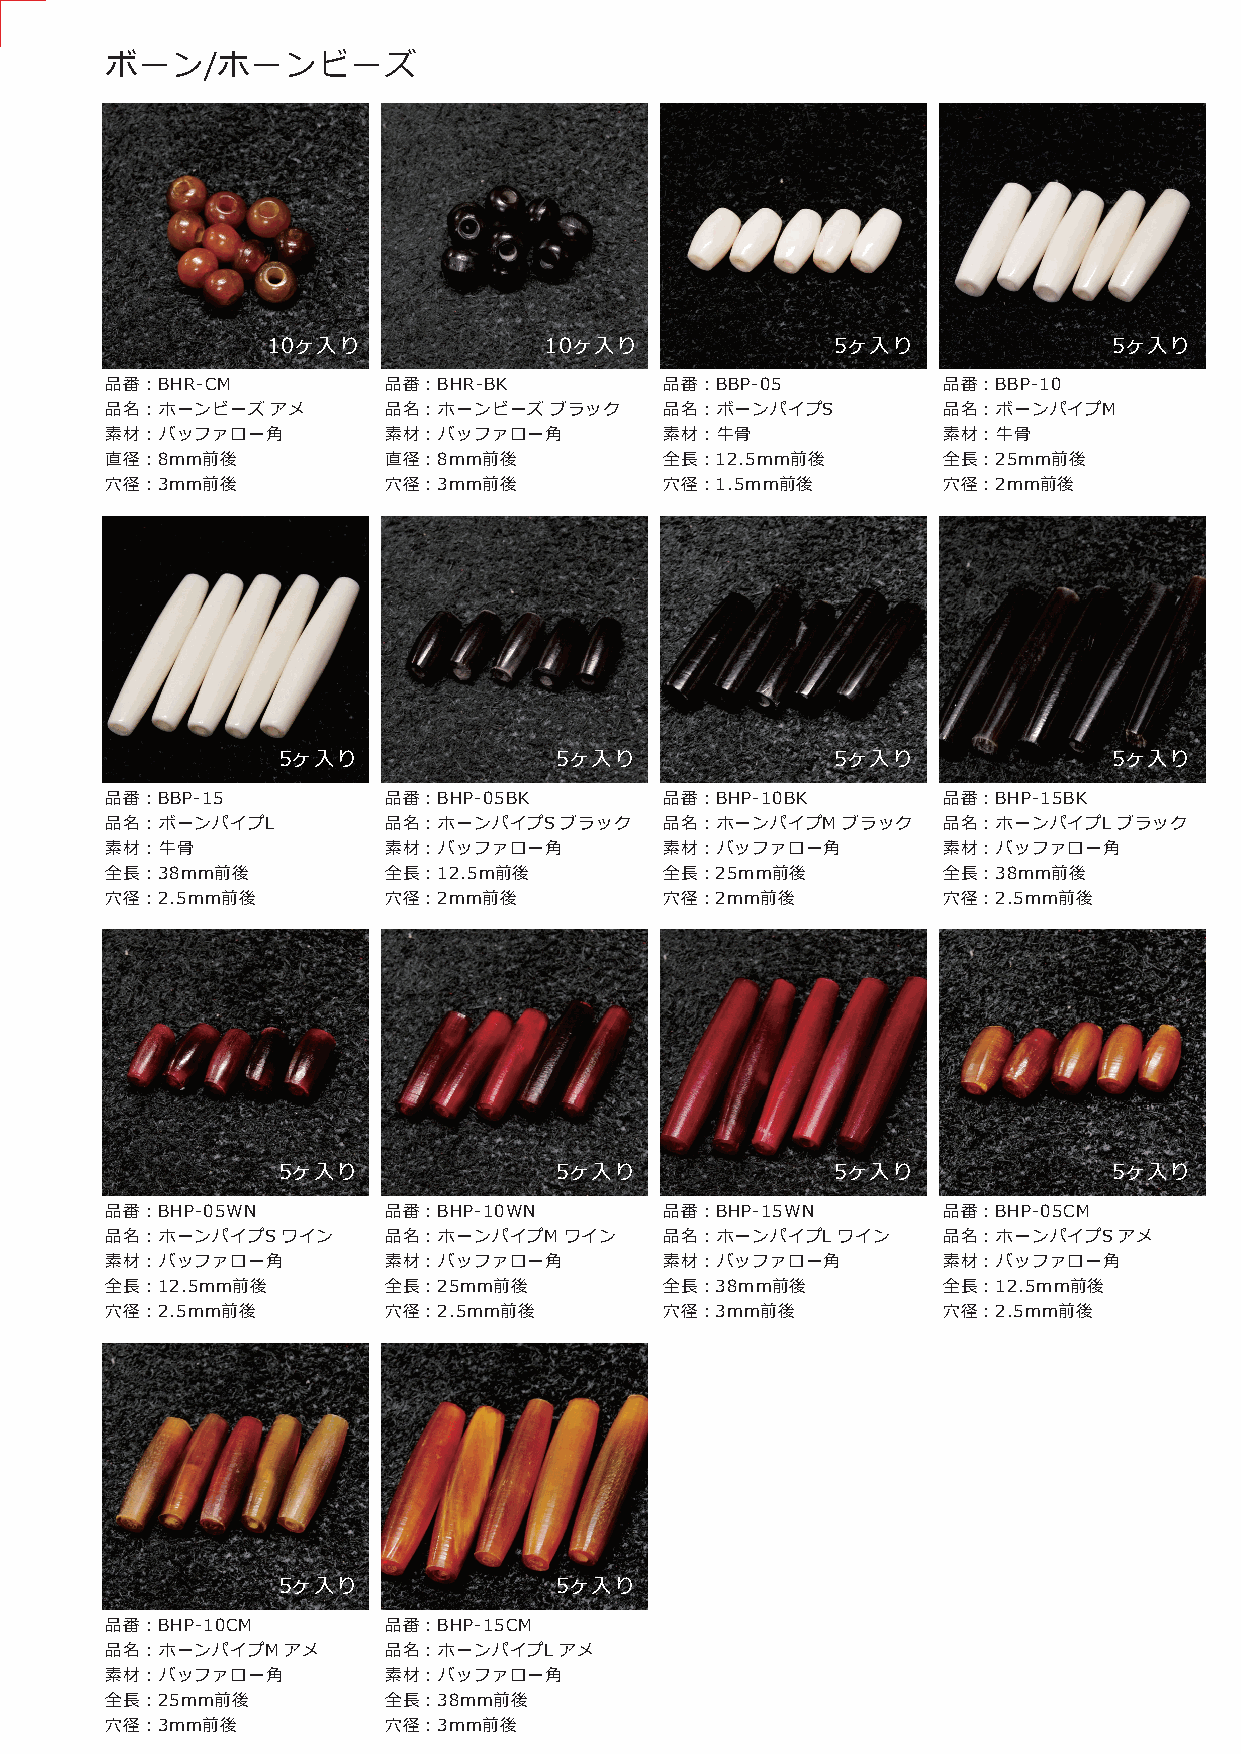
ボーン/ホーンビーズ
 10ヶ入り             10ヶ入り              5ヶ入り               5ヶ入り
 品番：BHR-CM         品番：BHR-BK          品番：BBP-05         品番：BBP-10
 品名：ホーンビーズ  アメ     品名：ホーンビーズ  ブラック    品名：ボーンパイプS        品名：ボーンパイプM
 素材：バッファロー角        素材：バッファロー角         素材：牛骨             素材：牛骨
 直径：8mm前後          直径：8mm前後           全長：12.5mm前後       全長：25mm前後
 穴径：3mm前後          穴径：3mm前後           穴径：1.5mm前後        穴径：2mm前後
 5ヶ入り               5ヶ入り              5ヶ入り               5ヶ入り
 品番：BBP-15         品番：BHP-05BK        品番：BHP-10BK       品番：BHP-15BK
 品名：ボーンパイプL        品名：ホーンパイプS  ブラック   品名：ホーンパイプM  ブラック  品名：ホーンパイプL  ブラック
 素材：牛骨             素材：バッファロー角         素材：バッファロー角        素材：バッファロー角
 全長：38mm前後         全長：12.5m前後         全長：25mm前後         全長：38mm前後
 穴径：2.5mm前後        穴径：2mm前後           穴径：2mm前後          穴径：2.5mm前後
 5ヶ入り               5ヶ入り              5ヶ入り               5ヶ入り
 品番：BHP-05WN       品番：BHP-10WN        品番：BHP-15WN       品番：BHP-05CM
 品名：ホーンパイプS  ワイン   品名：ホーンパイプM  ワイン    品名：ホーンパイプL ワイン    品名：ホーンパイプS  アメ
 素材：バッファロー角        素材：バッファロー角         素材：バッファロー角        素材：バッファロー角
 全長：12.5mm前後       全長：25mm前後          全長：38mm前後         全長：12.5mm前後
 穴径：2.5mm前後        穴径：2.5mm前後         穴径：3mm前後          穴径：2.5mm前後
 5ヶ入り               5ヶ入り
 品番：BHP-10CM       品番：BHP-15CM
 品名：ホーンパイプM  アメ    品名：ホーンパイプL  アメ
 素材：バッファロー角        素材：バッファロー角
 全長：25mm前後         全長：38mm前後
 穴径：3mm前後          穴径：3mm前後